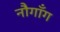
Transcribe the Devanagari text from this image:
नौगाँग